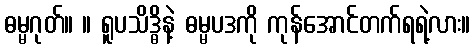
ဓမ္မဂုတ်။ ။ ရူပသိဒ္ဓိနဲ့ ဓမ္မပဒကို ကုန်အောင်တက်ရရဲ့လား။